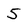
Character: 5